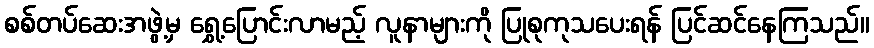
စစ်တပ်ဆေးအဖွဲ့မှ ရွှေ့ပြောင်းလာမည့် လူနာများကို ပြုစုကုသပေးရန် ပြင်ဆင်နေကြသည်။